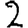
Digit: 2